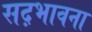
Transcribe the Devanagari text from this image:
सद़भावना